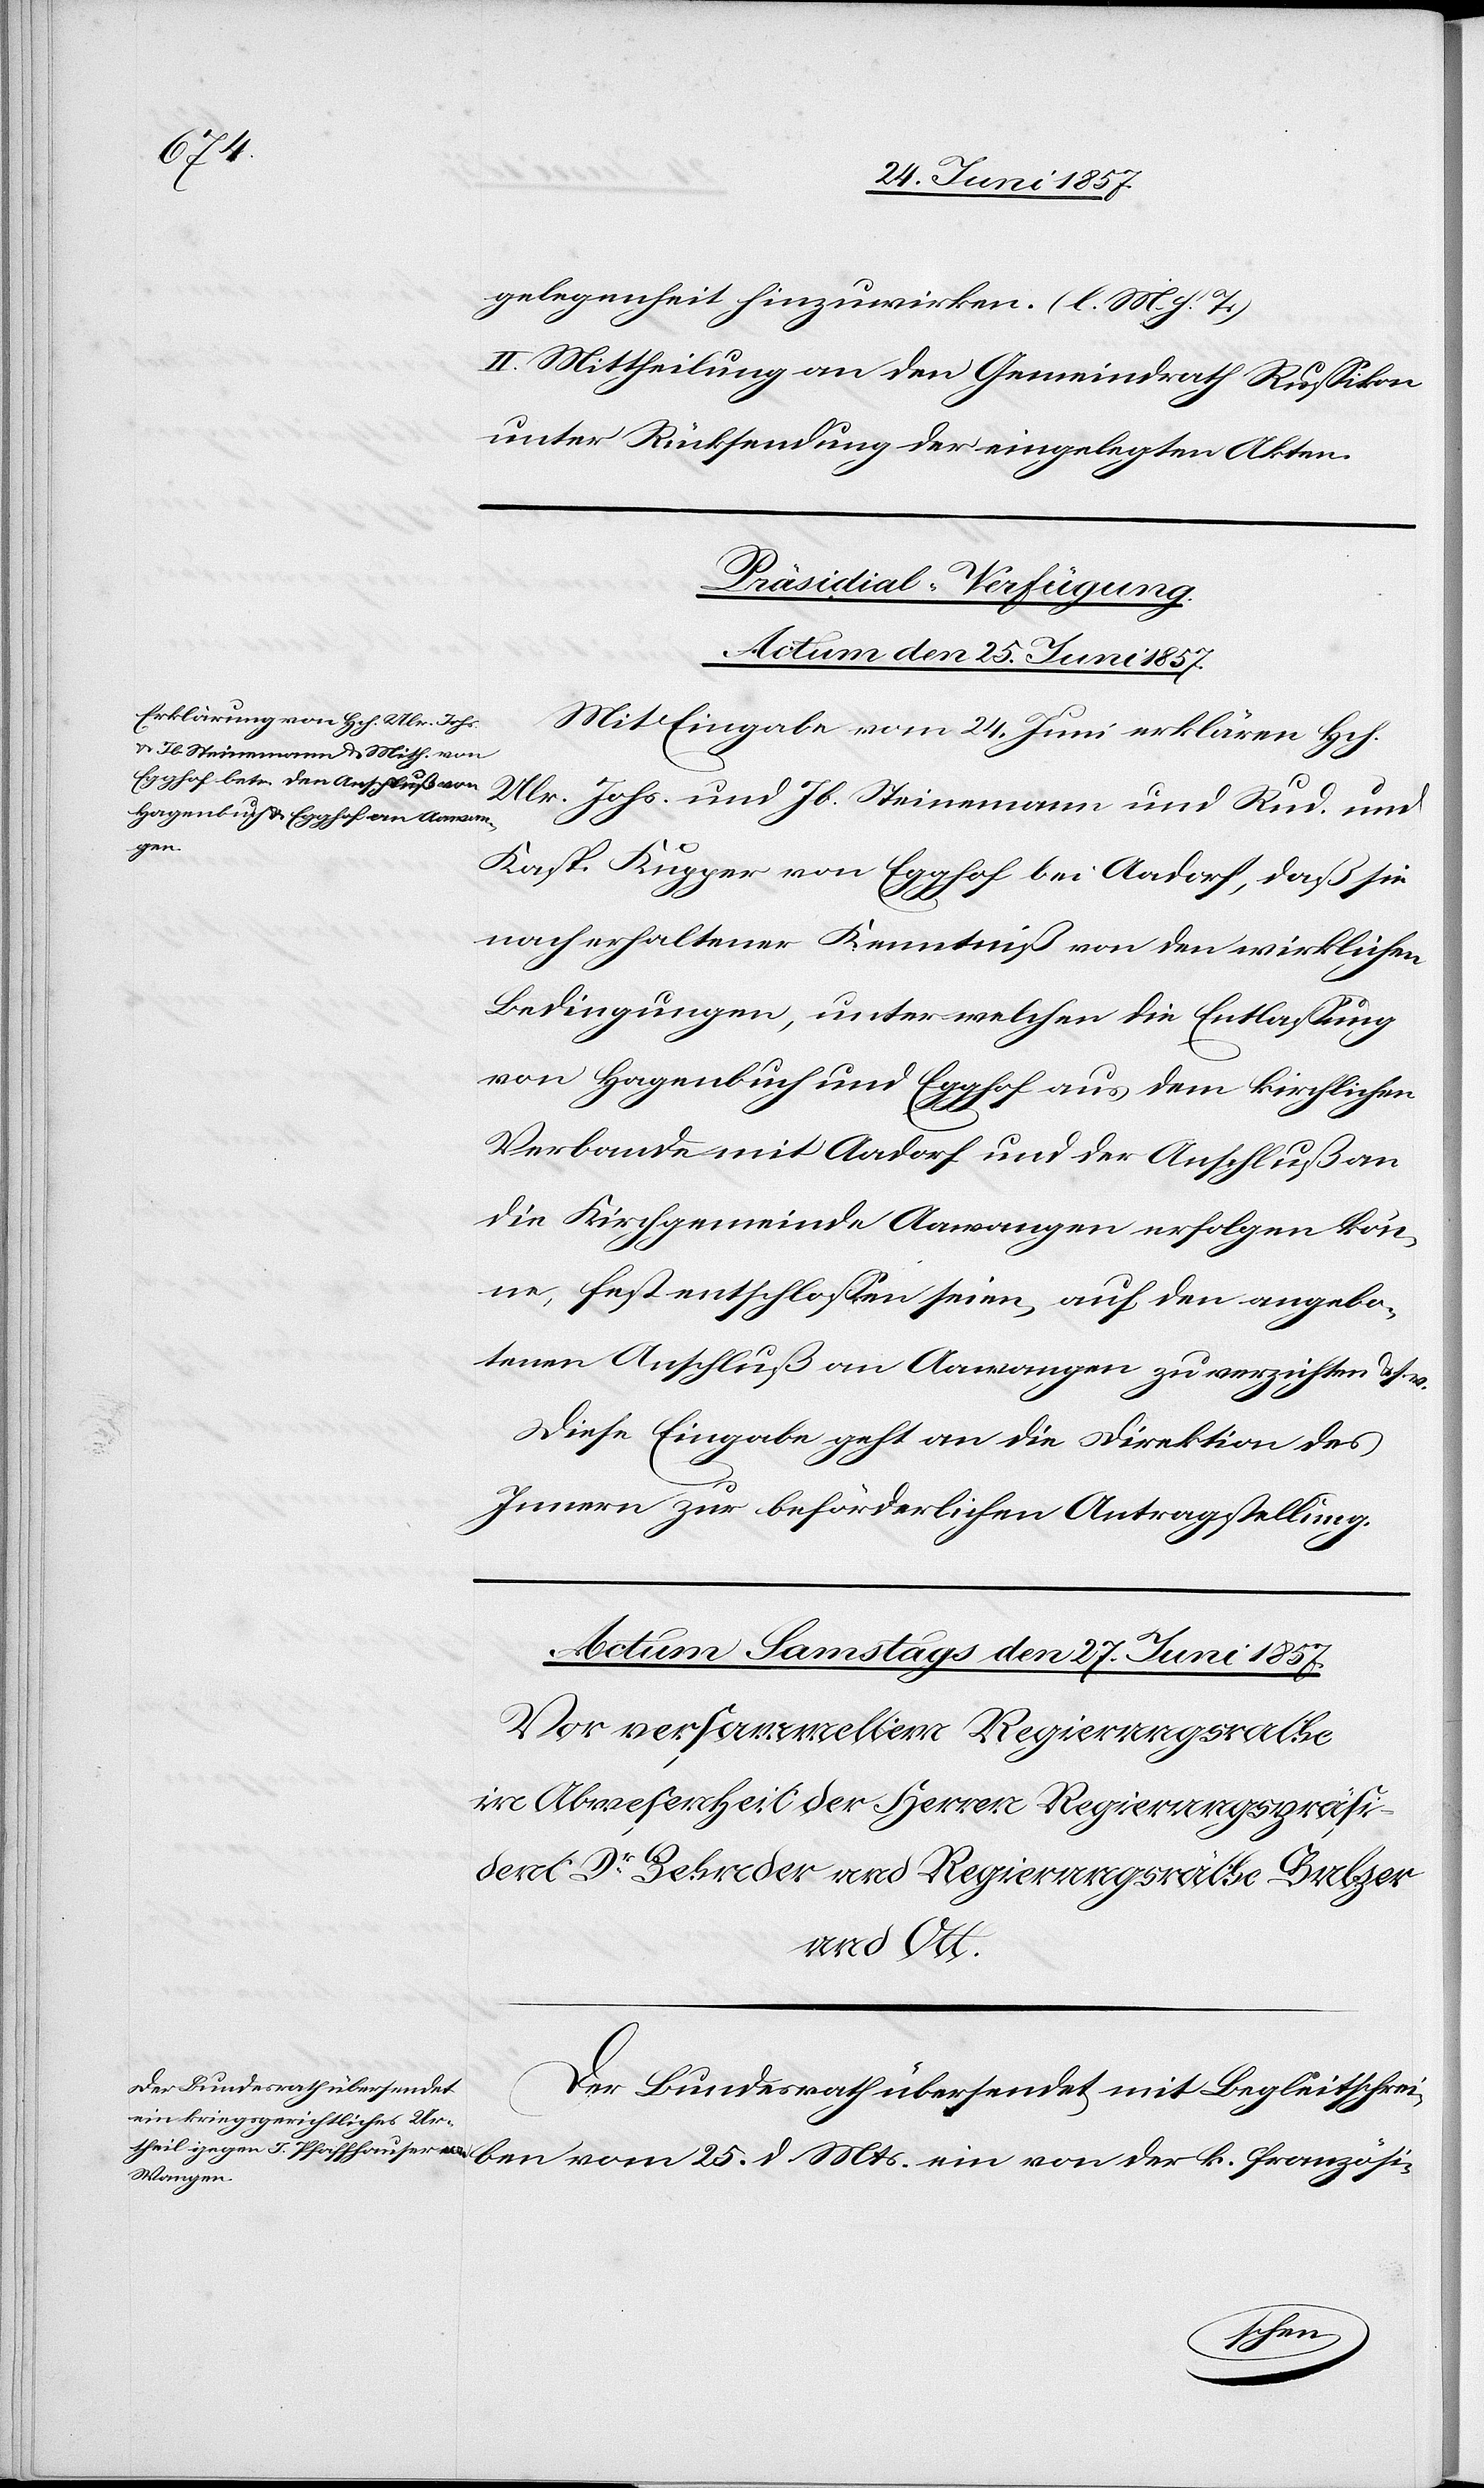
gelegenheit hinzuwirken. [l. M. h. T]
II. Mittheilung an den Gemeindrath Russikon
unter Rücksendung der eingelegten Akten.
Präsidial-Verfügungen
Actum den 25 Juni 1857.
Mit Eingabe vom 24 Juni erklärte Hch.
Ulr. Johs. und Jb. Steinemann und Rud. und
Kasp. Kupper von Egghof bei Aadorf, daß sie
nach erhaltener Kenntniß von den wirklichen
Bedingungen, unter welchen die Entlassung
von Hagenbuch und Egghof aus dem kirchlichen
Verbande mit Aadorf und der Anschluß an
die Kirchgemeinde Aawangen erfolgen kön¬
ne, fest entschlossen seien, auf den angebo¬
tenen Anschluß an Aawangen zu verzichten &. s.
Diese Eingabe geht an die Direktion des
Innern zur beförderlichen Antragstellung.
Der Bundesrath übersendet mit Begleitschrei¬
franzö¬
si-